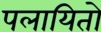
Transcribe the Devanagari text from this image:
पलायितो